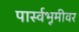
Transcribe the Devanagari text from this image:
पार्स्वभूमीवर